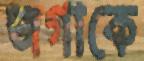
জগাকে